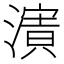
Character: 𱨽